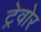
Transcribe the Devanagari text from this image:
ट्रेवोर